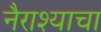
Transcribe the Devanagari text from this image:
नैराश्याचा